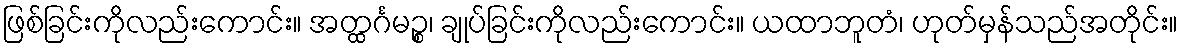
ဖြစ်ခြင်းကိုလည်းကောင်း။ အတ္ထင်္ဂမဉ္စ၊ ချုပ်ခြင်းကိုလည်းကောင်း။ ယထာဘူတံ၊ ဟုတ်မှန်သည်အတိုင်း။